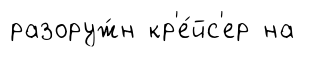
разоруж́н кр'е́йс'ер на